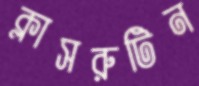
ক্লাসরুটিন